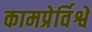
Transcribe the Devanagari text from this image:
कामप्रेर्विश्वे